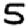
Digit: 5